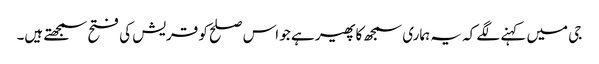
جی میں کہنے لگے کہ یہ ہماری سمجھ کا پھیر ہے جو اس صلح کو قریش کی فتح سمجھتے ہیں۔